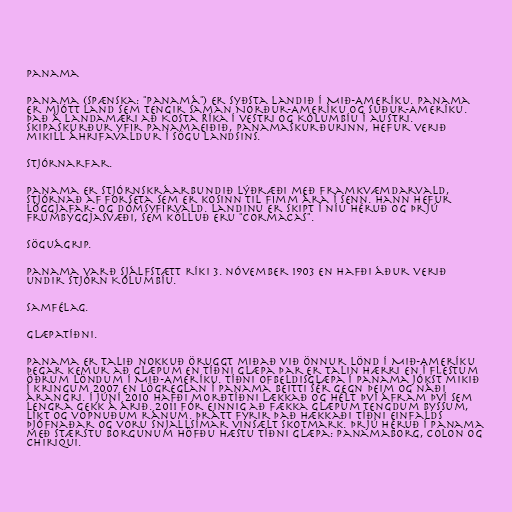
Panama

Panama (spænska: "Panamá") er syðsta landið í Mið-Ameríku. Panama
er mjótt land sem tengir saman Norður-Ameríku og Suður-Ameríku.
Það á landamæri að Kosta Ríka í vestri og Kólumbíu í austri.
Skipaskurður yfir Panamaeiðið, Panamaskurðurinn, hefur verið
mikill áhrifavaldur í sögu landsins.

Stjórnarfar.

Panama er stjórnskráarbundið lýðræði með framkvæmdarvald,
stjórnað af forseta sem er kosinn til fimm ára í senn. Hann hefur
löggjafar- og dómsyfirvald. Landinu er skipt í níu héruð og þrjú
frumbyggjasvæði, sem kölluð eru "cormacas".

Söguágrip.

Panama varð sjálfstætt ríki 3. nóvember 1903 en hafði áður verið
undir stjórn Kólumbíu.

Samfélag.

Glæpatíðni.

Panama er talið nokkuð öruggt miðað við önnur lönd í Mið-Ameríku
þegar kemur að glæpum en tíðni glæpa þar er talin hærri en í flestum
öðrum löndum í Mið-Ameríku. Tíðni ofbeldisglæpa í Panama jókst mikið
í kringum 2007 en lögreglan í Panama beitti sér gegn þeim og náði
árangri. Í júní 2010 hafði morðtíðni lækkað og hélt því áfram því sem
lengra gekk á árið. 2011 fór einnig að fækka glæpum tengdum byssum,
líkt og vopnuðum ránum. Þrátt fyrir það hækkaði tíðni einfalds
þjófnaðar og voru snjallsímar vinsælt skotmark. Þrjú héruð í Panama
með stærstu borgunum höfðu hæstu tíðni glæpa: Panamaborg, Colon og
Chiriqui.